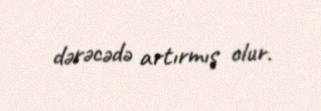
dərəcədə artırmış olur.